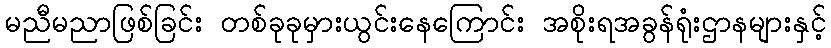
မညီမညာဖြစ်ခြင်း တစ်ခုခုမှားယွင်းနေကြောင်း အစိုးရအခွန်ရုံးဌာနများနှင့်